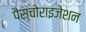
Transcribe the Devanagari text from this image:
पैस्चोराइजेशन